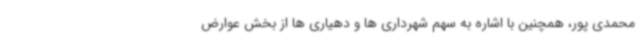
محمدی پور، همچنین با اشاره به سهم شهرداری ها و دهیاری ها از بخش عوارض